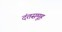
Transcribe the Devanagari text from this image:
दंतसमूह